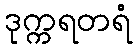
ဒုက္ကရတရံ